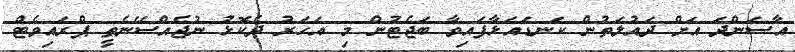
އާސަންދަ އަށް ދައުލަތުން ކަނޑައަޅާފައިވާ ބަޖެޓުން މި އަހަރު ދެކޮޅު ނުޖެއްސޭނެތީ ޕްރައިވެޓް